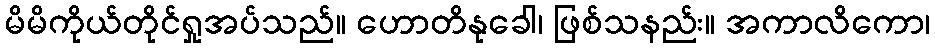
မိမိကိုယ်တိုင်ရှုအပ်သည်။ ဟောတိနုခေါ၊ ဖြစ်သနည်း။ အကာလိကော၊